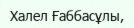
Халел Ғаббасұлы,